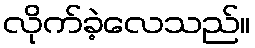
လိုက်ခဲ့လေသည်။